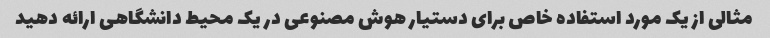
مثالی از یک مورد استفاده خاص برای دستیار هوش مصنوعی در یک محیط دانشگاهی ارائه دهید